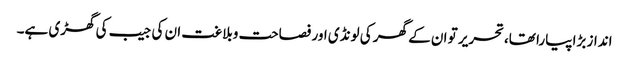
انداز بڑا پیارا تھا،تحریر تو ان کے گھر کی لونڈی اور فصاحت وبلاغت ان کی جیب کی گھڑی ہے۔